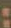
: